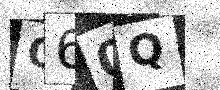
Text: O60Q